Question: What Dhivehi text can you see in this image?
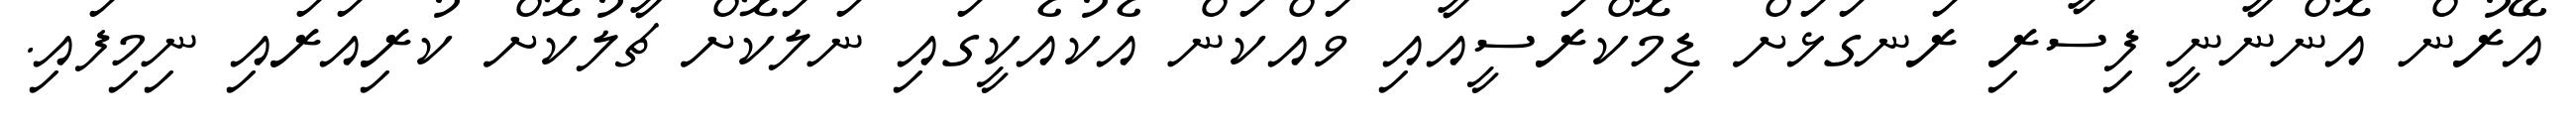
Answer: އޭރުން އޮންނާނީ ފިސާރި ރަނގަޅަށް ޑިމޮކްރަސީއާއި ވައްކަން އެކުއެކީގައި ނަލަކޮށް ޗާލުކޮށް ކުރިއަރައި ނިމިފައި.